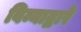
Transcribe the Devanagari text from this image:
विम्याद्वारे